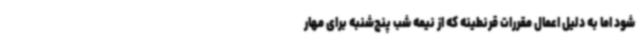
شود اما به دلیل اعمال مقررات قرنطینه که از نیمه شب پنج‌شنبه برای مهار